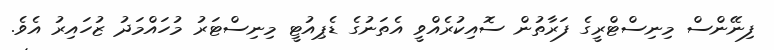
ފިނޭންސް މިނިސްޓްރީގެ ފަރާތުން ސޮއިކުރެއްވީ އެތަނުގެ ޑެޕިއުޓީ މިނިސްޓަރު މުހައްމަދު ޒުހައިރު އެވެ.